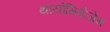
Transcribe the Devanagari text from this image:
थायोमिथेजेम